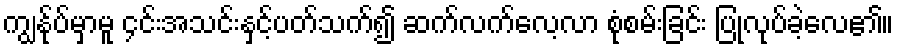
ကျွန်ုပ်မှာမူ ၄င်းအသင်းနှင့်ပတ်သက်၍ ဆက်လက်လေ့လာ စုံစမ်းခြင်း ပြုလုပ်ခဲ့လေ၏။